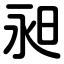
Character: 昶